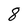
Character: 8